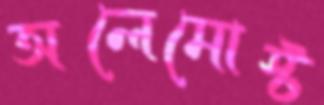
অলেমোস্ট